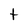
Character: t